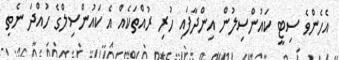
އެހެންވެ ސިޓީ ކައުންސިލުން އިންދާފައި ހުރި ރުއްތަކެއް އެ ކައުންސިލްގެ ހުއްދަ ނެތި